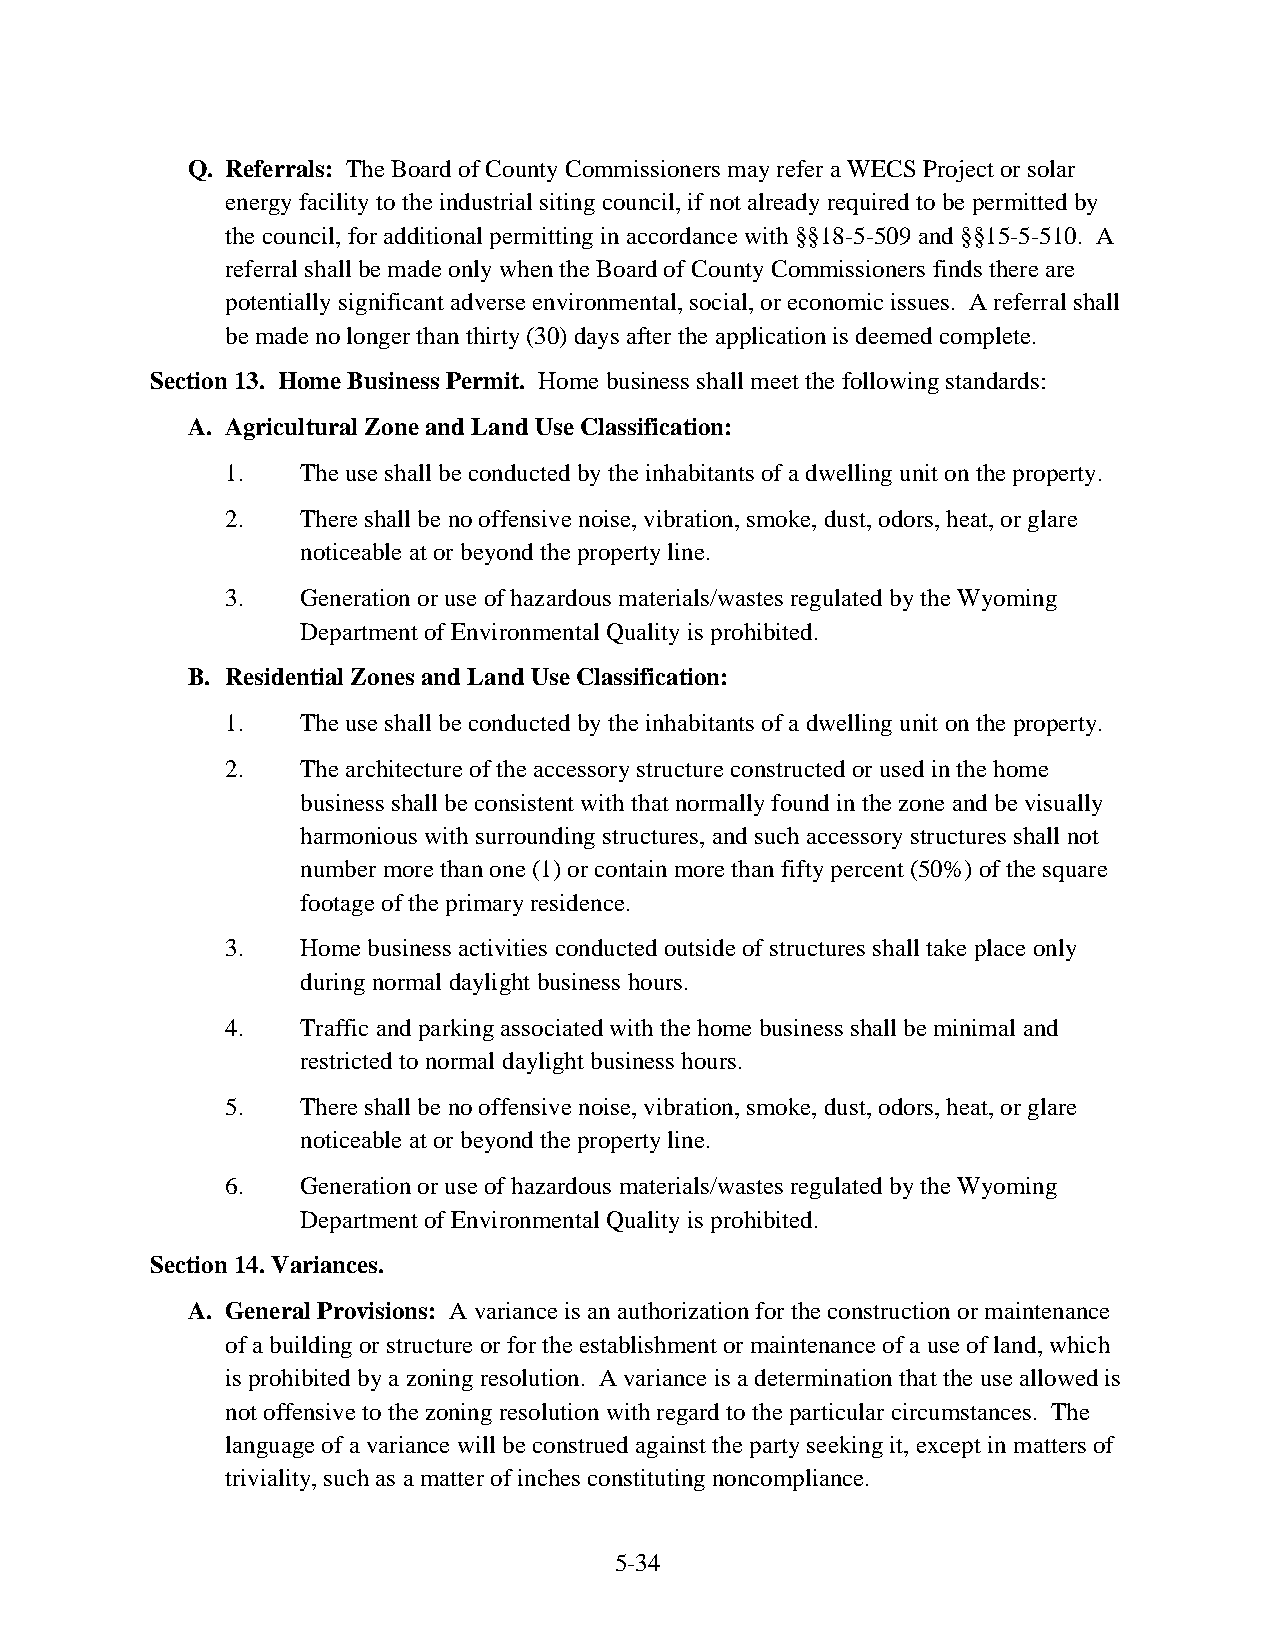
Q. Referrals: The Board of County Commissioners may refer a WECS Project or solar
 energy facility to the industrial siting council, if not already required to be permitted by
 the council, for additional permitting in accordance with §§18-5-509 and §§15-5-510. A
 referral shall be made only when the Board of County Commissioners finds there are
 potentially significant adverse environmental, social, or economic issues. A referral shall
 be made no longer than thirty (30) days after the application is deemed complete.
 Section 13. Home Business Permit. Home business shall meet the following standards:
 A. Agricultural Zone and Land Use Classification:
 1.   The use shall be conducted by the inhabitants of a dwelling unit on the property.
 2.   There shall be no offensive noise, vibration, smoke, dust, odors, heat, or glare
 noticeable at or beyond the property line.
 3.   Generation or use of hazardous materials/wastes regulated by the Wyoming
 Department of Environmental Quality is prohibited.
 B. Residential Zones and Land Use Classification:
 1.   The use shall be conducted by the inhabitants of a dwelling unit on the property.
 2.   The architecture of the accessory structure constructed or used in the home
 business shall be consistent with that normally found in the zone and be visually
 harmonious with surrounding structures, and such accessory structures shall not
 number more than one (1) or contain more than fifty percent (50%) of the square
 footage of the primary residence.
 3.   Home business activities conducted outside of structures shall take place only
 during normal daylight business hours.
 4.   Traffic and parking associated with the home business shall be minimal and
 restricted to normal daylight business hours.
 5.   There shall be no offensive noise, vibration, smoke, dust, odors, heat, or glare
 noticeable at or beyond the property line.
 6.   Generation or use of hazardous materials/wastes regulated by the Wyoming
 Department of Environmental Quality is prohibited.
 Section 14. Variances.
 A. General Provisions: A variance is an authorization for the construction or maintenance
 of a building or structure or for the establishment or maintenance of a use of land, which
 is prohibited by a zoning resolution. A variance is a determination that the use allowed is
 not offensive to the zoning resolution with regard to the particular circumstances. The
 language of a variance will be construed against the party seeking it, except in matters of
 triviality, such as a matter of inches constituting noncompliance.
 5-34